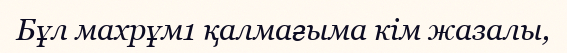
Бұл махрұм1 қалмағыма кім жазалы,